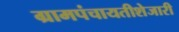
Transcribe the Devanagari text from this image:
ग्रामपंचायतीशेजारी